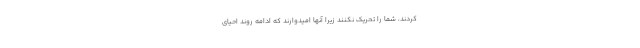
کردند، شما را تحریک نکنند زیرا آنها امیدوارند که ادامه روند احیای